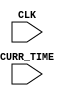
module output_driver(CLK, CURR_TIME);
    input CLK;
    input [17:0]CURR_TIME;

    always @(posedge CLK)
    begin : begin_1
	    reg [17:0]sec;
	    reg [17:0]min;
	    reg [17:0]hour;

	    hour = CURR_TIME / 3600;
	    min  = (CURR_TIME % 3600) / 60;
	    sec  = (CURR_TIME % 3600) % 60;


            $display("TIME: %d:%d:%d", hour, min, sec);
	end

endmodule